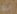
مع